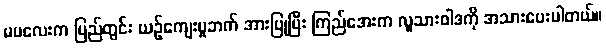
မမလေးက ပြည်တွင်း ယဉ်ကျေးမှုဘက် အားပြုပြီး ကြည်အေးက လူသားဝါဒကို အသားပေးပါတယ်။